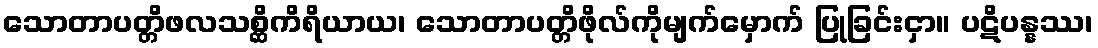
သောတာပတ္တိဖလသစ္ဆိကိရိယာယ၊ သောတာပတ္တိဖိုလ်ကိုမျက်မှောက် ပြုခြင်းငှာ။ ပဋိပန္နဿ၊